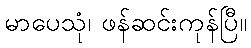
မာပေသုံ၊ ဖန်ဆင်းကုန်ပြီ။